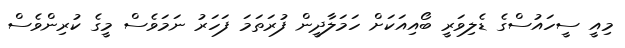
މިއީ ސީހައުސްގެ ޑެލިވަރީ ބޯއިއަކަށް ހަމަލާދީން ފުރަތަމަ ފަހަރު ނަމަވެސް މީގެ ކުރިންވެސް